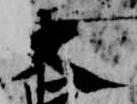
大